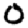
Digit: 0